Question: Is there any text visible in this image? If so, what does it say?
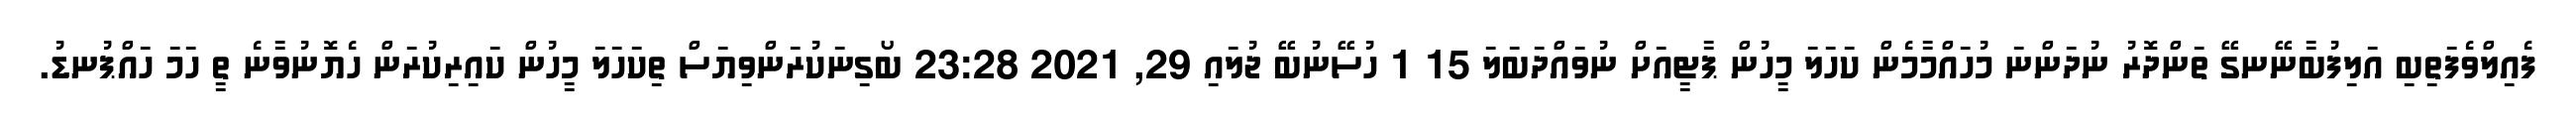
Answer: ފެއިލްވެފަތިބި އަލިފުބާނޭނގޭ ތަންދޮރު ނުދަންނަ މުހައްމާމެން ކަހަލަ މީހުން ޕާޓީއަށް ނުވައްދަބަލަ 15 1 ހުސޭނުބޭ ޖުލައި 29, 2021 23:28 ބޯގިނަކުރަންވިޔަސް ތިކަހަލަ މީހުން ކައިރިކުރަން ހެޔޮނުވާނެ ތީ ހަމަ ހައްޕުނޑު.